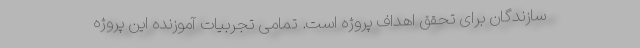
سازندگان برای تحقق اهداف پروژه است. تمامی تجربیات آموزنده این پروژه